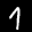
Label: 1